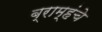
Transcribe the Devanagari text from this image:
ब्राम्हंचे